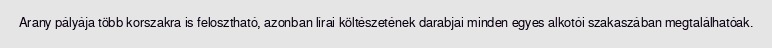
Arany pályája több korszakra is felosztható, azonban lírai költészetének darabjai minden egyes alkotói szakaszában megtalálhatóak.